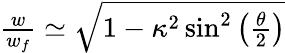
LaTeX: \begin{array}{r}{\frac{w}{w_{f}}\simeq\sqrt{1-\kappa^{2}\sin^{2}\left(\frac{\theta}{2}\right)}}\end{array}